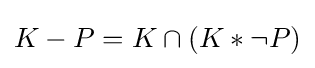
K-P=K\cap (K*\neg P)